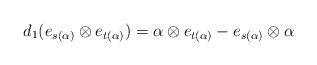
LaTeX: \begin{align*} d_1(e_{s(\alpha)} \otimes e_{t(\alpha)}) = \alpha \otimes e_{t(\alpha)} - e_{s(\alpha)} \otimes \alpha\end{align*}